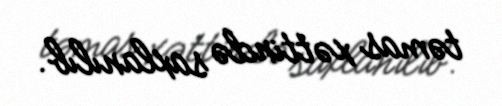
təmas xəttində saxlanılıb.